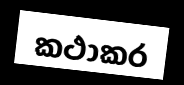
කථාකර